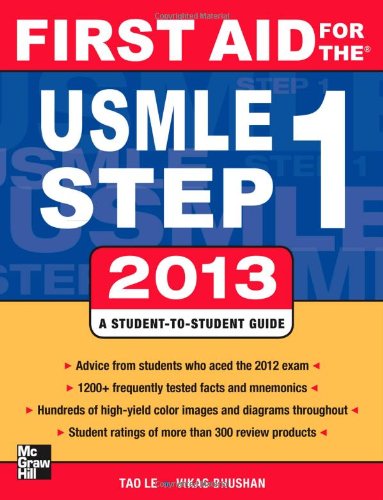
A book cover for First Aid for the USMLE Step 1 2013 (First Aid USMLE); Tao Le; Travel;